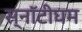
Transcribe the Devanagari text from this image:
स्नॉटीघम